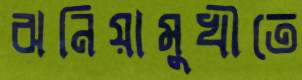
ঝনিয়ামুখীতে